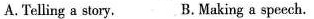
A. Telling a story, B.Making a speech.